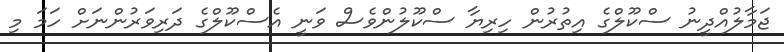
ޖަމާލުއްދީނު ސްކޫލްގެ އިތުރުން ހިރިޔާ ސްކޫލުންވެސް ވަނީ އެސްކޫލްގެ ދަރިވަރުންނަށް ހަމަ މި